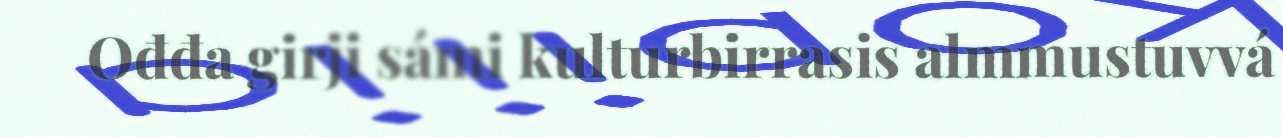
Ođđa girji sámi kulturbirrasis almmustuvvá